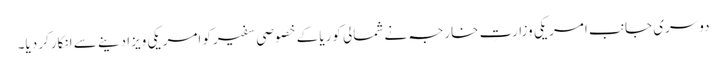
دوسری جانب امریکی وزارتِ خارجہ نے شمالی کوریا کے خصوصی سفیرکو امریکی ویزا دینے سے انکارکر دیا۔